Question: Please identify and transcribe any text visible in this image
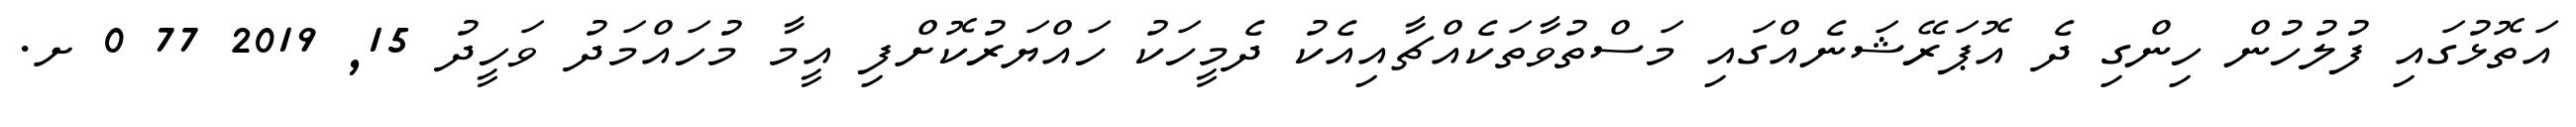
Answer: އަތޮޅުގައި ފުލުހުން ހިންގި ދެ އޮޕަރޭޝަނެއްގައި މަސްތުވާތަކެއްޗާއިއެކު ދެމީހަކު ހައްޔަރުކޮށްފި އީމާ މުހައްމަދު ވަހީދު 15, 2019 77 0 ށ.